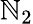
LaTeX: \mathbb{N}_{2}